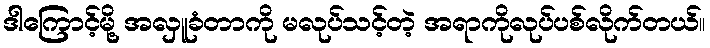
ဒါကြောင့်မို့ အလှူခံတာကို မလုပ်သင့်တဲ့ အရာကိုလုပ်ပစ်လိုက်တယ်။